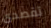
تقصدى